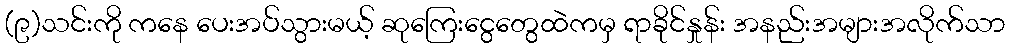
(၉)သင်းကို ကနေ ပေးအပ်သွားမယ့် ဆုကြေးငွေတွေထဲကမှ ရာခိုင်နှုန်း အနည်းအများအလိုက်သာ